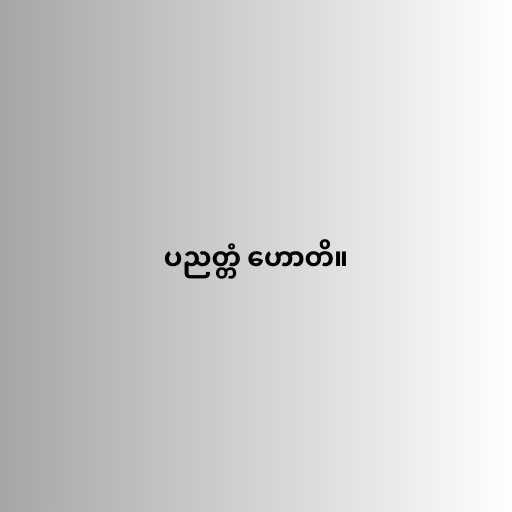
ပညတ္တံ ဟောတိ။